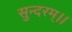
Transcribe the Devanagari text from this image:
सुन्दरम्।।